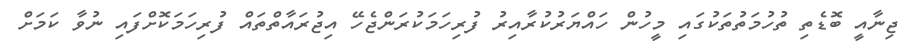
ޖިނާއީ ބޮޑެތި ތުހުމަތުތަކުގައި މީހުން ހައްޔަރުކުރާއިރު ފުރިހަމަކުރަންޖެހޭ އިޖުރައާތްތައް ފުރިހަަމަކޮށްފައި ނުވާ ކަމަށް